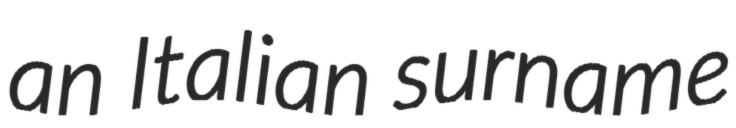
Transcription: an Italian surname